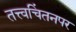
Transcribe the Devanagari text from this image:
तत्त्वचिंतनपर